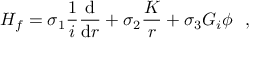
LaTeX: H _ { f } = \sigma _ { 1 } \frac { 1 } { i } \frac { \mathrm { d } } { \mathrm { d } r } + \sigma _ { 2 } \frac { K } { r } + \sigma _ { 3 } G _ { i } \phi ~ ~ ,